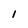
Character: 1